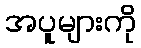
အပူများကို